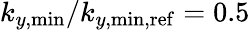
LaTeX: k_{y,\mathrm{min}}/k_{y,\mathrm{min,ref}}=0.5